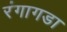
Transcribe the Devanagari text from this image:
रंगागडा